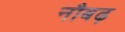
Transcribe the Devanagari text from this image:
नौबढ़